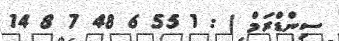
ސިންޑްރަމް ) : 1 55 6 48 7 8 14